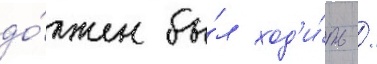
до́лжен бы́л ход'и́ть /